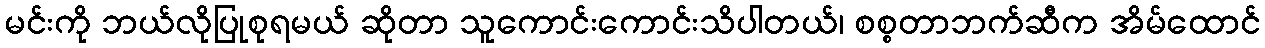
မင်းကို ဘယ်လိုပြုစုရမယ် ဆိုတာ သူကောင်းကောင်းသိပါတယ်၊ စစ္စတာဘက်ဆီက အိမ်ထောင်